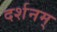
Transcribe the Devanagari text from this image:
दर्शनम्‌